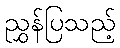
ညွှန်ပြသည့်